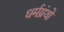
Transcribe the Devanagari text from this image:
धर्मग्रंथो